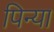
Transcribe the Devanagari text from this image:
पिन्या